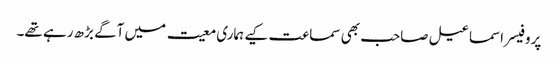
پروفیسر اسماعیل صاحب بھی سماعت کیے ہماری معیت میں آگے بڑھ رہے تھے۔